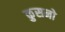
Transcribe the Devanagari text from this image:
कुसनो